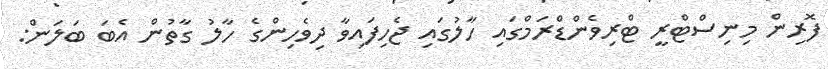
ފޮރިން މިނިސްޓްރީ ޓްރިވެންޑްރަމްގައި ހާލުގައި ޖެހިފައިވާ ދިވެހިންގެ ހާލު ގާތުން އެބަ ބަލަން: